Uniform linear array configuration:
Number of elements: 48
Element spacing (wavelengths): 0.75
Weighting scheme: exponential
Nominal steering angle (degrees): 15
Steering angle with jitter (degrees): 13.787
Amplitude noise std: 0.05
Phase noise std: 0.05

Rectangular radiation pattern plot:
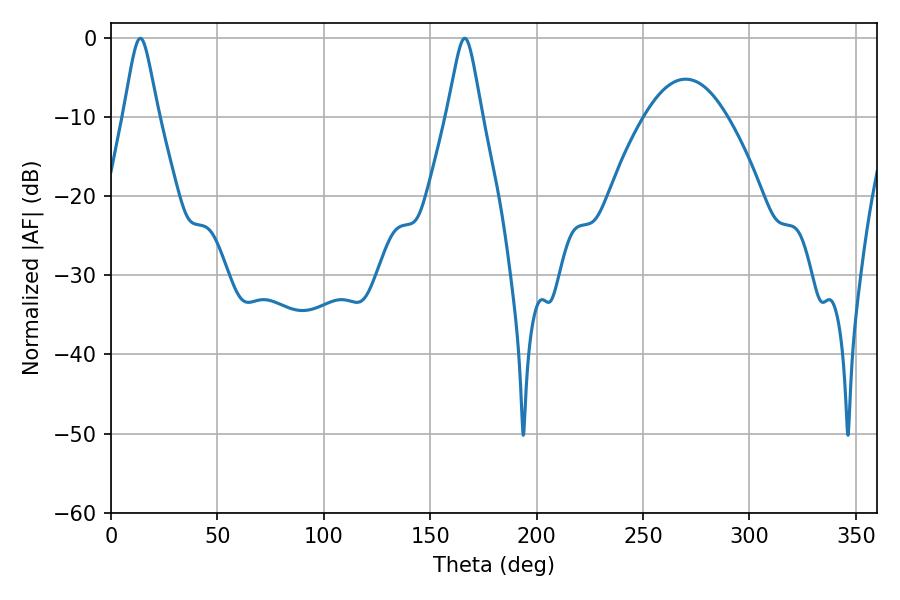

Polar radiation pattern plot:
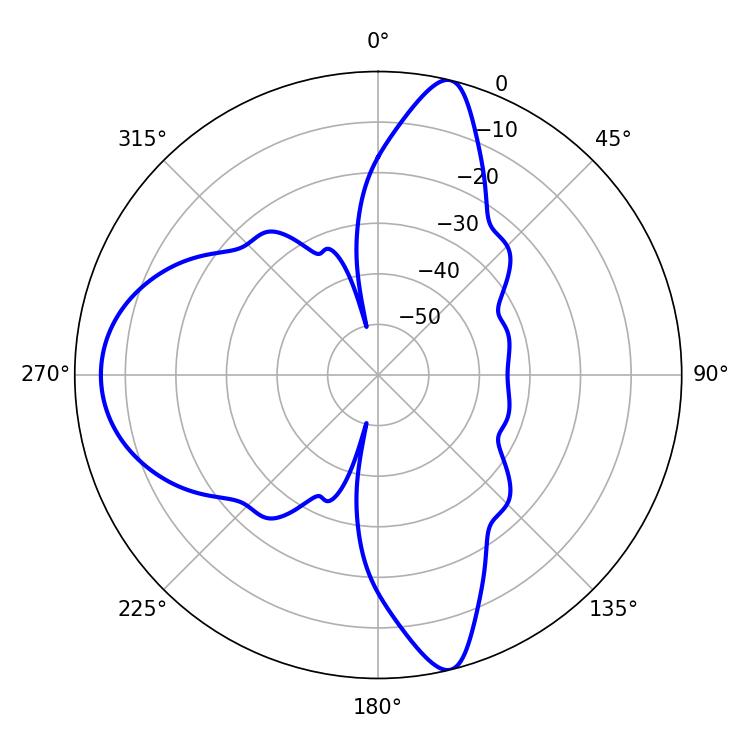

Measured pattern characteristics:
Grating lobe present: TRUE
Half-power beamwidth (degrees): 7.74
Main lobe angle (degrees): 13.86